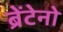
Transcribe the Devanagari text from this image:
ब्रेंटेनो